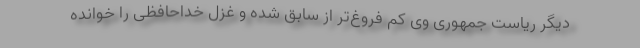
دیگر ریاست جمهوری وی کم فروغ‌تر از سابق شده و غزل خداحافظی را خوانده